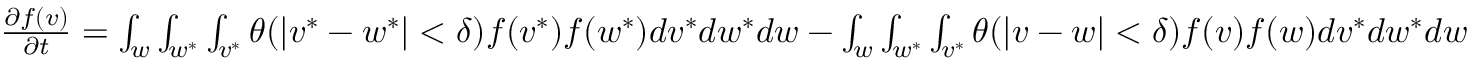
\begin{array} { r } { \frac { \partial f ( v ) } { \partial t } = \int _ { w } \int _ { w ^ { * } } \int _ { v ^ { * } } \theta ( | v ^ { * } - w ^ { * } | < \delta ) f ( v ^ { * } ) f ( w ^ { * } ) d v ^ { * } d w ^ { * } d w - \int _ { w } \int _ { w ^ { * } } \int _ { v ^ { * } } \theta ( | v - w | < \delta ) f ( v ) f ( w ) d v ^ { * } d w ^ { * } d w } \end{array}